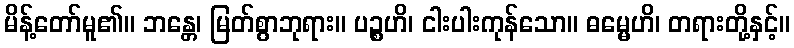
မိန့်တော်မူ၏။ ဘန္တေ၊ မြတ်စွာဘုရား။ ပဉ္စဟိ၊ ငါးပါးကုန်သော။ ဓမ္မေဟိ၊ တရားတို့နှင့်။